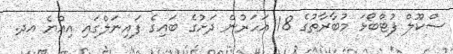
ސްކޫލް ފުޓްބޯޅަ މުބާރާތުގެ 18 އަހަރުން ދަށުގެ ބައިގެ ފައިނަލްގައި އިއްޔެ އދ.